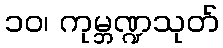
၁၀၊ ကုမ္ဘဏ္ဍသုတ်